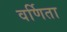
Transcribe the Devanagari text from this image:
वर्णिता